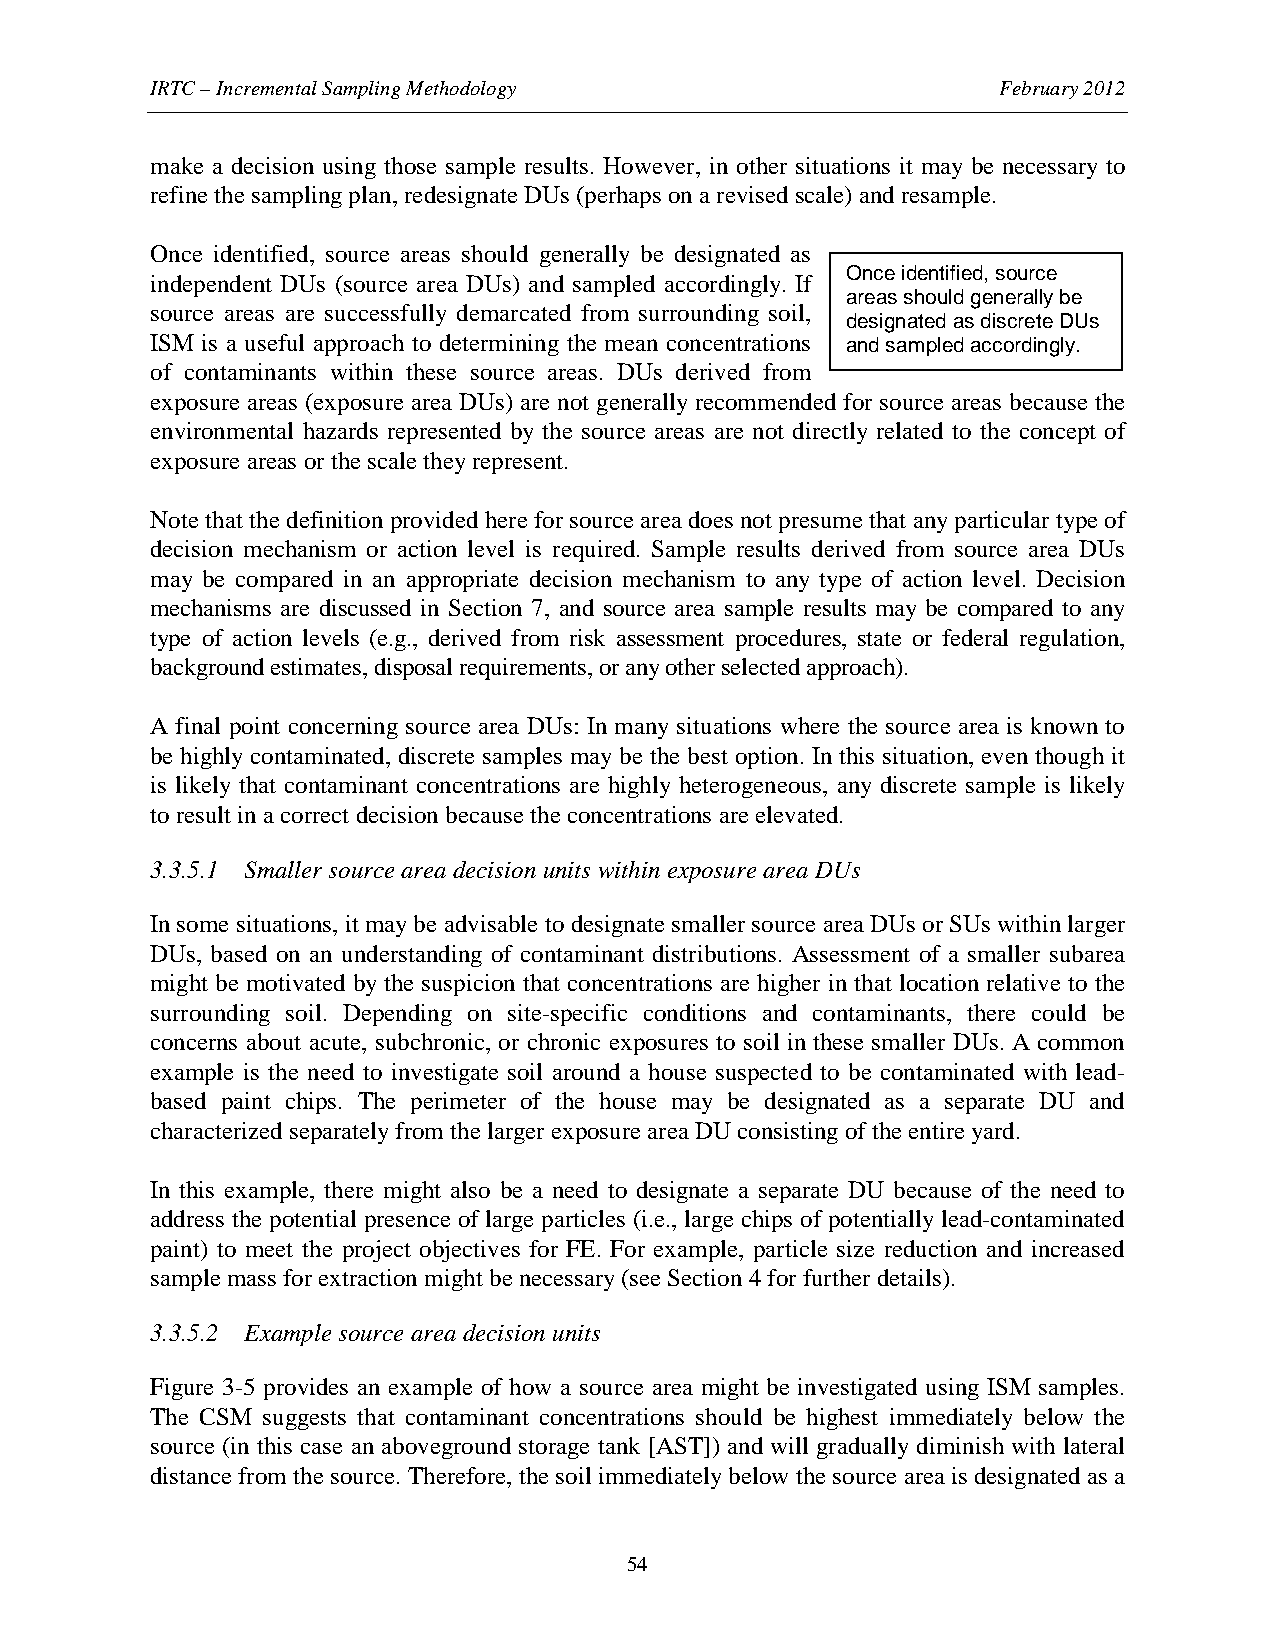
IRTC – Incremental Sampling Methodology                 February 2012
 make a decision using those sample results. However, in other situations it may be necessary to
 refine the sampling plan, redesignate DUs (perhaps on a revised scale) and resample.
 Once identified, source areas should generally be designated as
 Once identified, source
 independent DUs (source area DUs) and sampled accordingly. If
 areas should generally be
 source areas are successfully demarcated from surrounding soil,
 designated as discrete DUs
 ISM is a useful approach to determining the mean concentrations and sampled accordingly.
 of contaminants within these source areas. DUs derived from
 exposure areas (exposure area DUs) are not generally recommended for source areas because the
 environmental hazards represented by the source areas are not directly related to the concept of
 exposure areas or the scale they represent.
 Note that the definition provided here for source area does not presume that any particular type of
 decision mechanism or action level is required. Sample results derived from source area DUs
 may be compared in an appropriate decision mechanism to any type of action level. Decision
 mechanisms are discussed in Section 7, and source area sample results may be compared to any
 type of action levels (e.g., derived from risk assessment procedures, state or federal regulation,
 background estimates, disposal requirements, or any other selected approach).
 A final point concerning source area DUs: In many situations where the source area is known to
 be highly contaminated, discrete samples may be the best option. In this situation, even though it
 is likely that contaminant concentrations are highly heterogeneous, any discrete sample is likely
 to result in a correct decision because the concentrations are elevated.
 3.3.5.1 Smaller source area decision units within exposure area DUs
 In some situations, it may be advisable to designate smaller source area DUs or SUs within larger
 DUs, based on an understanding of contaminant distributions. Assessment of a smaller subarea
 might be motivated by the suspicion that concentrations are higher in that location relative to the
 surrounding soil. Depending on site-specific conditions and contaminants, there could be
 concerns about acute, subchronic, or chronic exposures to soil in these smaller DUs. A common
 example is the need to investigate soil around a house suspected to be contaminated with lead-
 based paint chips. The perimeter of the house may be designated as a separate DU and
 characterized separately from the larger exposure area DU consisting of the entire yard.
 In this example, there might also be a need to designate a separate DU because of the need to
 address the potential presence of large particles (i.e., large chips of potentially lead-contaminated
 paint) to meet the project objectives for FE. For example, particle size reduction and increased
 sample mass for extraction might be necessary (see Section 4 for further details).
 3.3.5.2 Example source area decision units
 Figure 3-5 provides an example of how a source area might be investigated using ISM samples.
 The CSM suggests that contaminant concentrations should be highest immediately below the
 source (in this case an aboveground storage tank [AST]) and will gradually diminish with lateral
 distance from the source. Therefore, the soil immediately below the source area is designated as a
 54